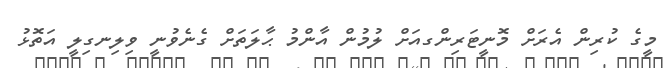
މީގެ ކުރިން އެރަށް މޮނީޓަރިންގއަށް ލުމުން އާންމު ޙާލަތަށް ގެނެވުނީ ވިލިނގިލީ އަތޮޅު